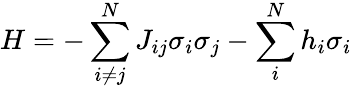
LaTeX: H=-\sum_{i\ne j}^{N}{{{J}_{ij}}{{\sigma}_{i}}}{{\sigma}_{j}}-\sum_{i}^{N}{{{h}_{i}}}{{\sigma}_{i}}